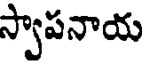
స్వాపనాయ